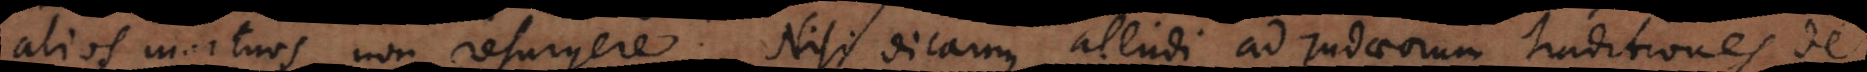
alios mortuos non resurgere. Nisi dicamus alludi ad Judaeorum traditiones de